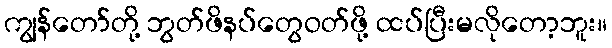
ကျွန်တော်တို့ ဘွတ်ဖိနပ်တွေဝတ်ဖို့ ထပ်ပြီးမလိုတော့ဘူး။